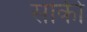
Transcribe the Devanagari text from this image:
सांकी